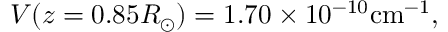
V ( z = 0 . 8 5 R _ { \odot } ) = 1 . 7 0 \times 1 0 ^ { - 1 0 } \mathrm { c m } ^ { - 1 } ,